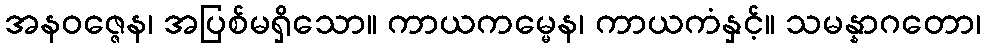
အနဝဇ္ဇေန၊ အပြစ်မရှိသော။ ကာယကမ္မေန၊ ကာယကံနှင့်။ သမန္နာဂတော၊